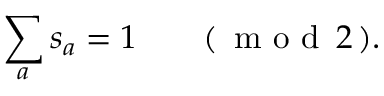
\sum _ { a } s _ { a } = 1 \qquad ( \, \textrm { m o d } \, 2 \, ) .